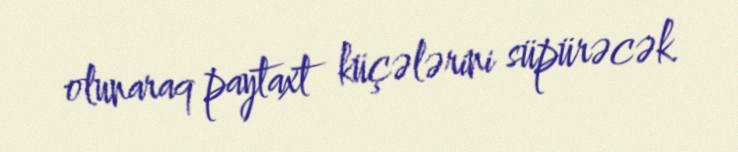
olunaraq paytaxt küçələrini süpürəcək.